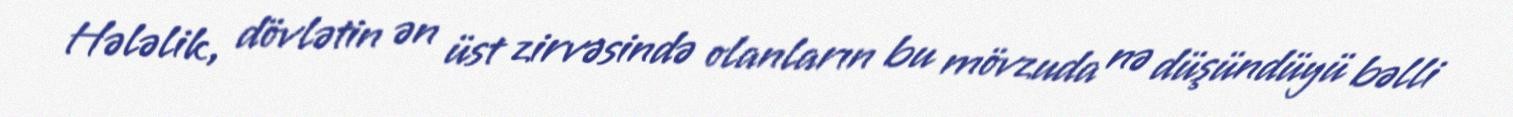
Hələlik, dövlətin ən üst zirvəsində olanların bu mövzuda nə düşündüyü bəlli